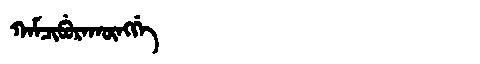
Manchu: ᡴᠠᠮᠴᡳᠪᡠᡵᠠᡴᡡᠩᡤᡝ
Romanization: KAMCIBURAKŪNGGE